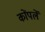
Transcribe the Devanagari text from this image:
कोंपलें